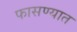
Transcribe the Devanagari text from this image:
फासण्यात